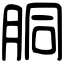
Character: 胴